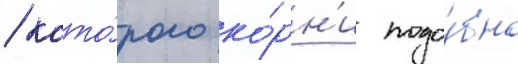
/ кото́рого ко́рн'и подо́бно